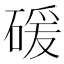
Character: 𥔛